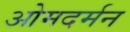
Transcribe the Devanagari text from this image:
ओमदर्मन